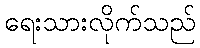
ရေးသားလိုက်သည်